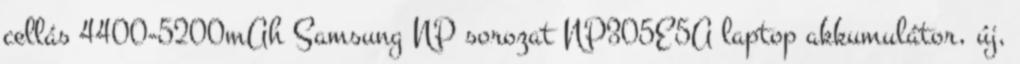
cellás 4400-5200mAh Samsung NP sorozat NP305E5A laptop akkumulátor, új,